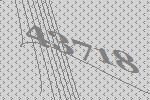
43718